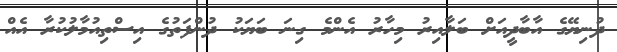
ދުނިޔޭގެ އާބާދީއަށް ބަލާއިރު މިހާރު އެންމެ ގިނަ ބަޔަކު ދުންފަތުގެ އިސްތިއުމާލުކުރާ އެއް